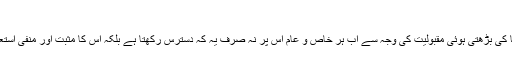
اویس احمد | مکالمہ
پاکستان میں سماجی میڈیا کی بڑھتی ہوئی مقبولیت کی وجہ سے اب ہر خاص و عام اس پر نہ صرف یہ کہ دسترس رکھتا ہے بلکہ اس کا مثبت اور منفی استعمال بھی خوب جانتا ہے۔